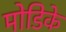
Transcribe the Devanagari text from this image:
मोडिके